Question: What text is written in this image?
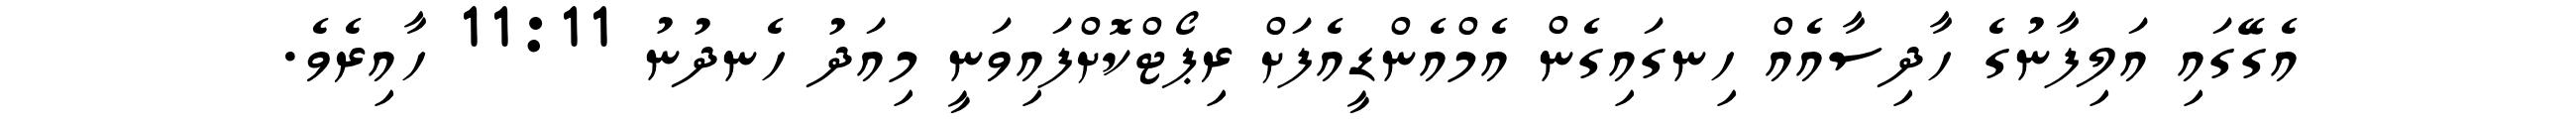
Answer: އެގޭގައި އަލިފާނުގެ ހާދިސާއެއް ހިނގައިގެން އެމްއެންޑީއެފަށް ރިޕޯޓްކޮށްފައިވަނީ މިއަދު ހެނދުނު 11:11 ހާއިރެވެ.